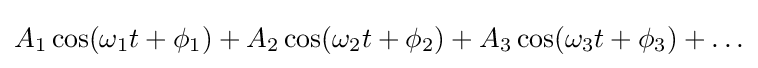
A_{1}\cos(\omega _{1}t+\phi _{1})+A_{2}\cos(\omega _{2}t+\phi _{2})+A_{3}\cos(\omega _{3}t+\phi _{3})+\ldots